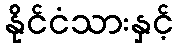
နိုင်ငံသားနှင့်